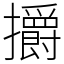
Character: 㩱